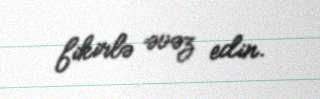
fikirlə əvəz edin.